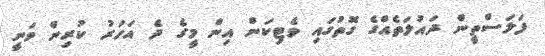
ފަލަސްތީން ދައުލަތެއްގެ ގޮތުގައި ވެޓިކަން އިން މީގެ ދެ އަހަރު ކުރިން ވަނީ